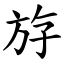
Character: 斿